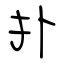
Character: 扑